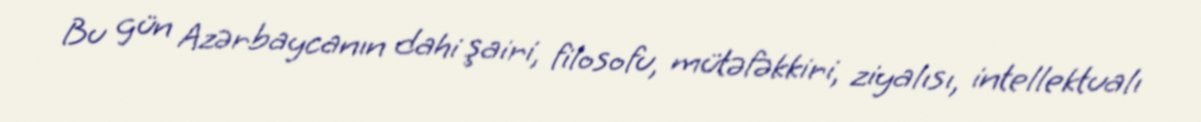
Bu gün Azərbaycanın dahi şairi, filosofu, mütəfəkkiri, ziyalısı, intellektualı